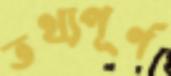
তথ্যপূর্ণ